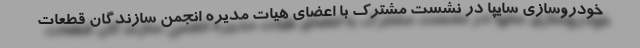
خودروسازی سایپا در نشست مشترک با اعضای هیات مدیره انجمن سازندگان قطعات